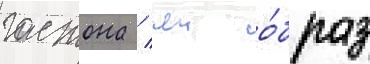
гастона / чеи о́браз